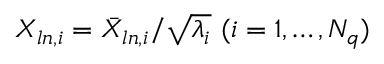
{ X } _ { l n , i } = { \bar { X } _ { l n , i } } / { \sqrt { \lambda _ { i } } } \, \, ( i = 1 , \ldots , N _ { q } )